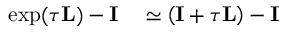
\begin{array} { r l } { \exp ( \tau \mathbf { L } ) - \mathbf { I } } & { { } \simeq \left( \mathbf { I } + \tau \mathbf { L } \right) - \mathbf { I } } \end{array}